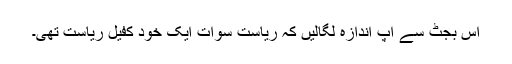
اس بجٹ سے آپ اندازہ لگالیں کہ ریاست سوات ایک خود کفیل ریاست تھی۔